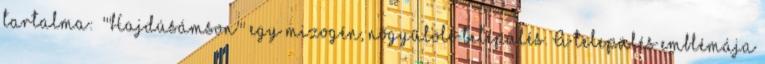
tartalma: „'''Hajdúsámson''' egy mizogén, nőgyűlölő település. A település emblémája